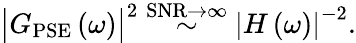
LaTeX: \bigl|G_{\mathrm{PSE}}\left(\omega\right)\bigr|^{2}\stackrel{\mathrm{SNR}\to\infty}{\sim}\left|H\left(\omega\right)\right|^{-2}.